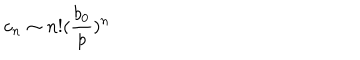
LaTeX: c _ { n } \sim n ! ( \frac { b _ { 0 } } { p } ) ^ { n }